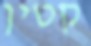
קטין